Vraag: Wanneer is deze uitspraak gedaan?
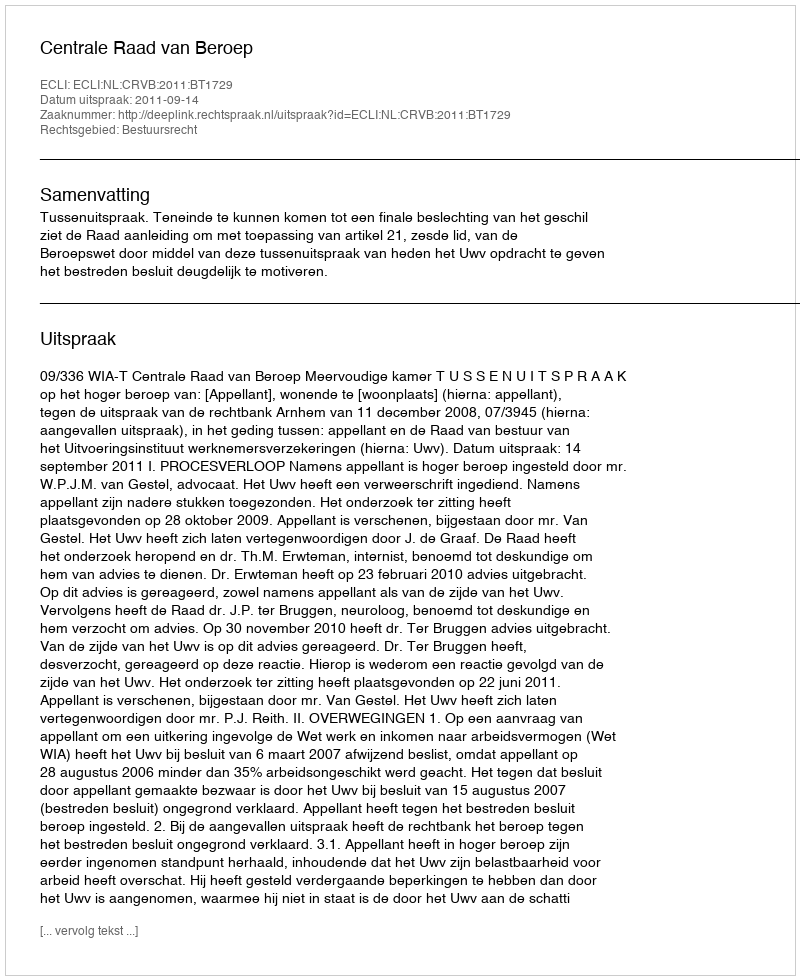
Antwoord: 2011-09-14